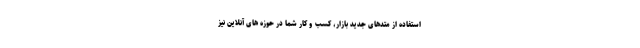
استفاده از متدهای جدید بازار، کسب و کار شما در حوزه های آنلاین نیز